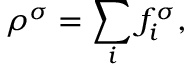
\rho ^ { \sigma } = \sum _ { i } f _ { i } ^ { \sigma } ,